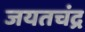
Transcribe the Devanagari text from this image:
जयतचंद्र